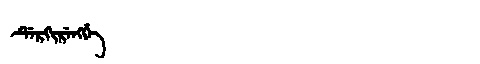
Manchu: ᡩᡝᡵᡴᡳᡵᡝᠩᡤᡝ
Romanization: DERKIRENGGE